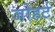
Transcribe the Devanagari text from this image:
जोहर्ट